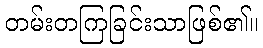
တမ်းတကြခြင်းသာဖြစ်၏။